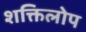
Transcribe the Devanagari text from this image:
शक्तिलोप